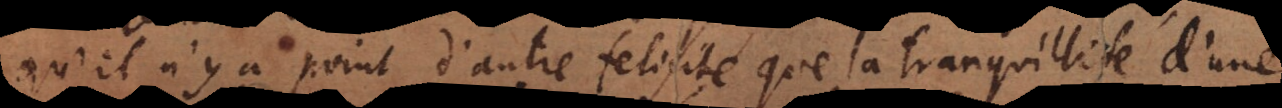
qu’il n’y a point d’autre felicité que la tranquillité d’une